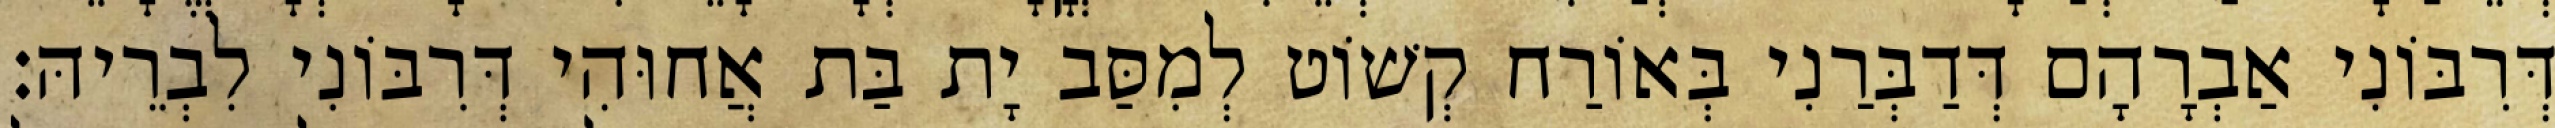
דְּרִבּוֹנִי אַבְרָהָם דְּדַבְּרַנִי בְּאוֹרַח קְשׁוֹט לְמִסַּב יָת בַּת אֲחוּהִי דְּרִבּוֹנִי לִבְרֵיהּ׃